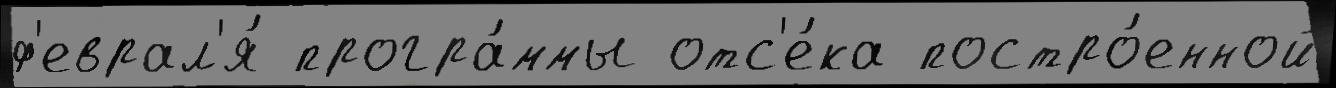
ф'еврал'я́ програ́ммы отс'е́ка постро́енной